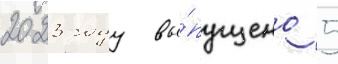
2023 году вы́пущено 5